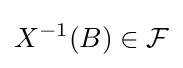
X^{-1}(B)\in {\mathcal {F}}